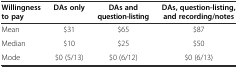
| Willingness to pay | DAs only | DAs and question-listing | DAs, question-listing, and recording/notes |
 | --- | --- | --- | --- |
 | Mean | $31 | $65 | $87 |
 | Median | $10 | $25 | $50 |
 | Mode | $0 (5/13) | $0 (6/12) | $0 (6/13) |